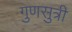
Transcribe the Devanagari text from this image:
गुणसुत्री